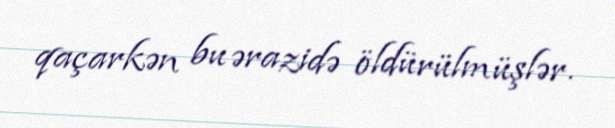
qaçarkən bu ərazidə öldürülmüşlər.